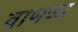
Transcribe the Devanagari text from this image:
वाणज्य